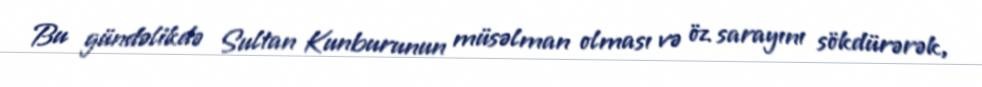
Bu gündəlikdə Sultan Kunburunun müsəlman olması və öz sarayını sökdürərək,